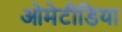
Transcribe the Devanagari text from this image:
ओमेटीडिया